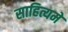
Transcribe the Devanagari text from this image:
साहित्यमें